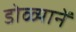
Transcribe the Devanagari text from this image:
डोळ्यानें